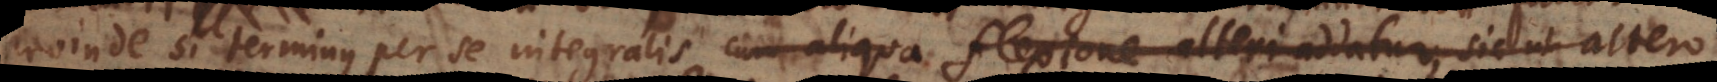
proinde si terminus per se integralis cum aliqua flexione alteri addatur, sic ut altero